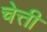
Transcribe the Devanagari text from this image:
चेत्ती